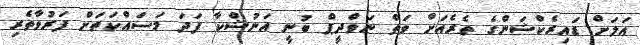
އަލަށް ޑައިރެކްޝަންގެ ތެރެއަށް ވަތް ނަވްދީޕް ބުނީ އަނުޝްކާ ފަދަ މަސައްކަތަށް ފަރުވާތެރި